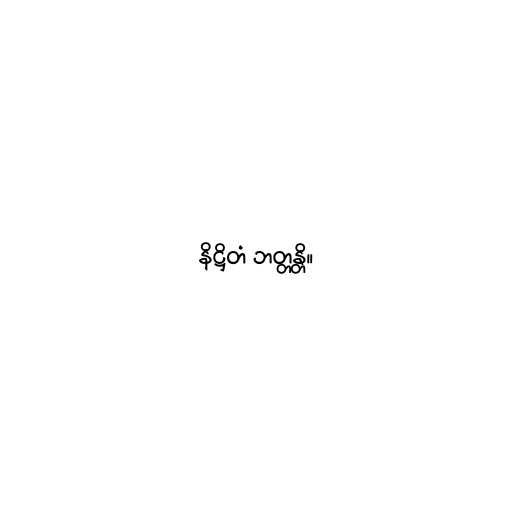
နိဋ္ဌိတံ ဘတ္တန္တိ။